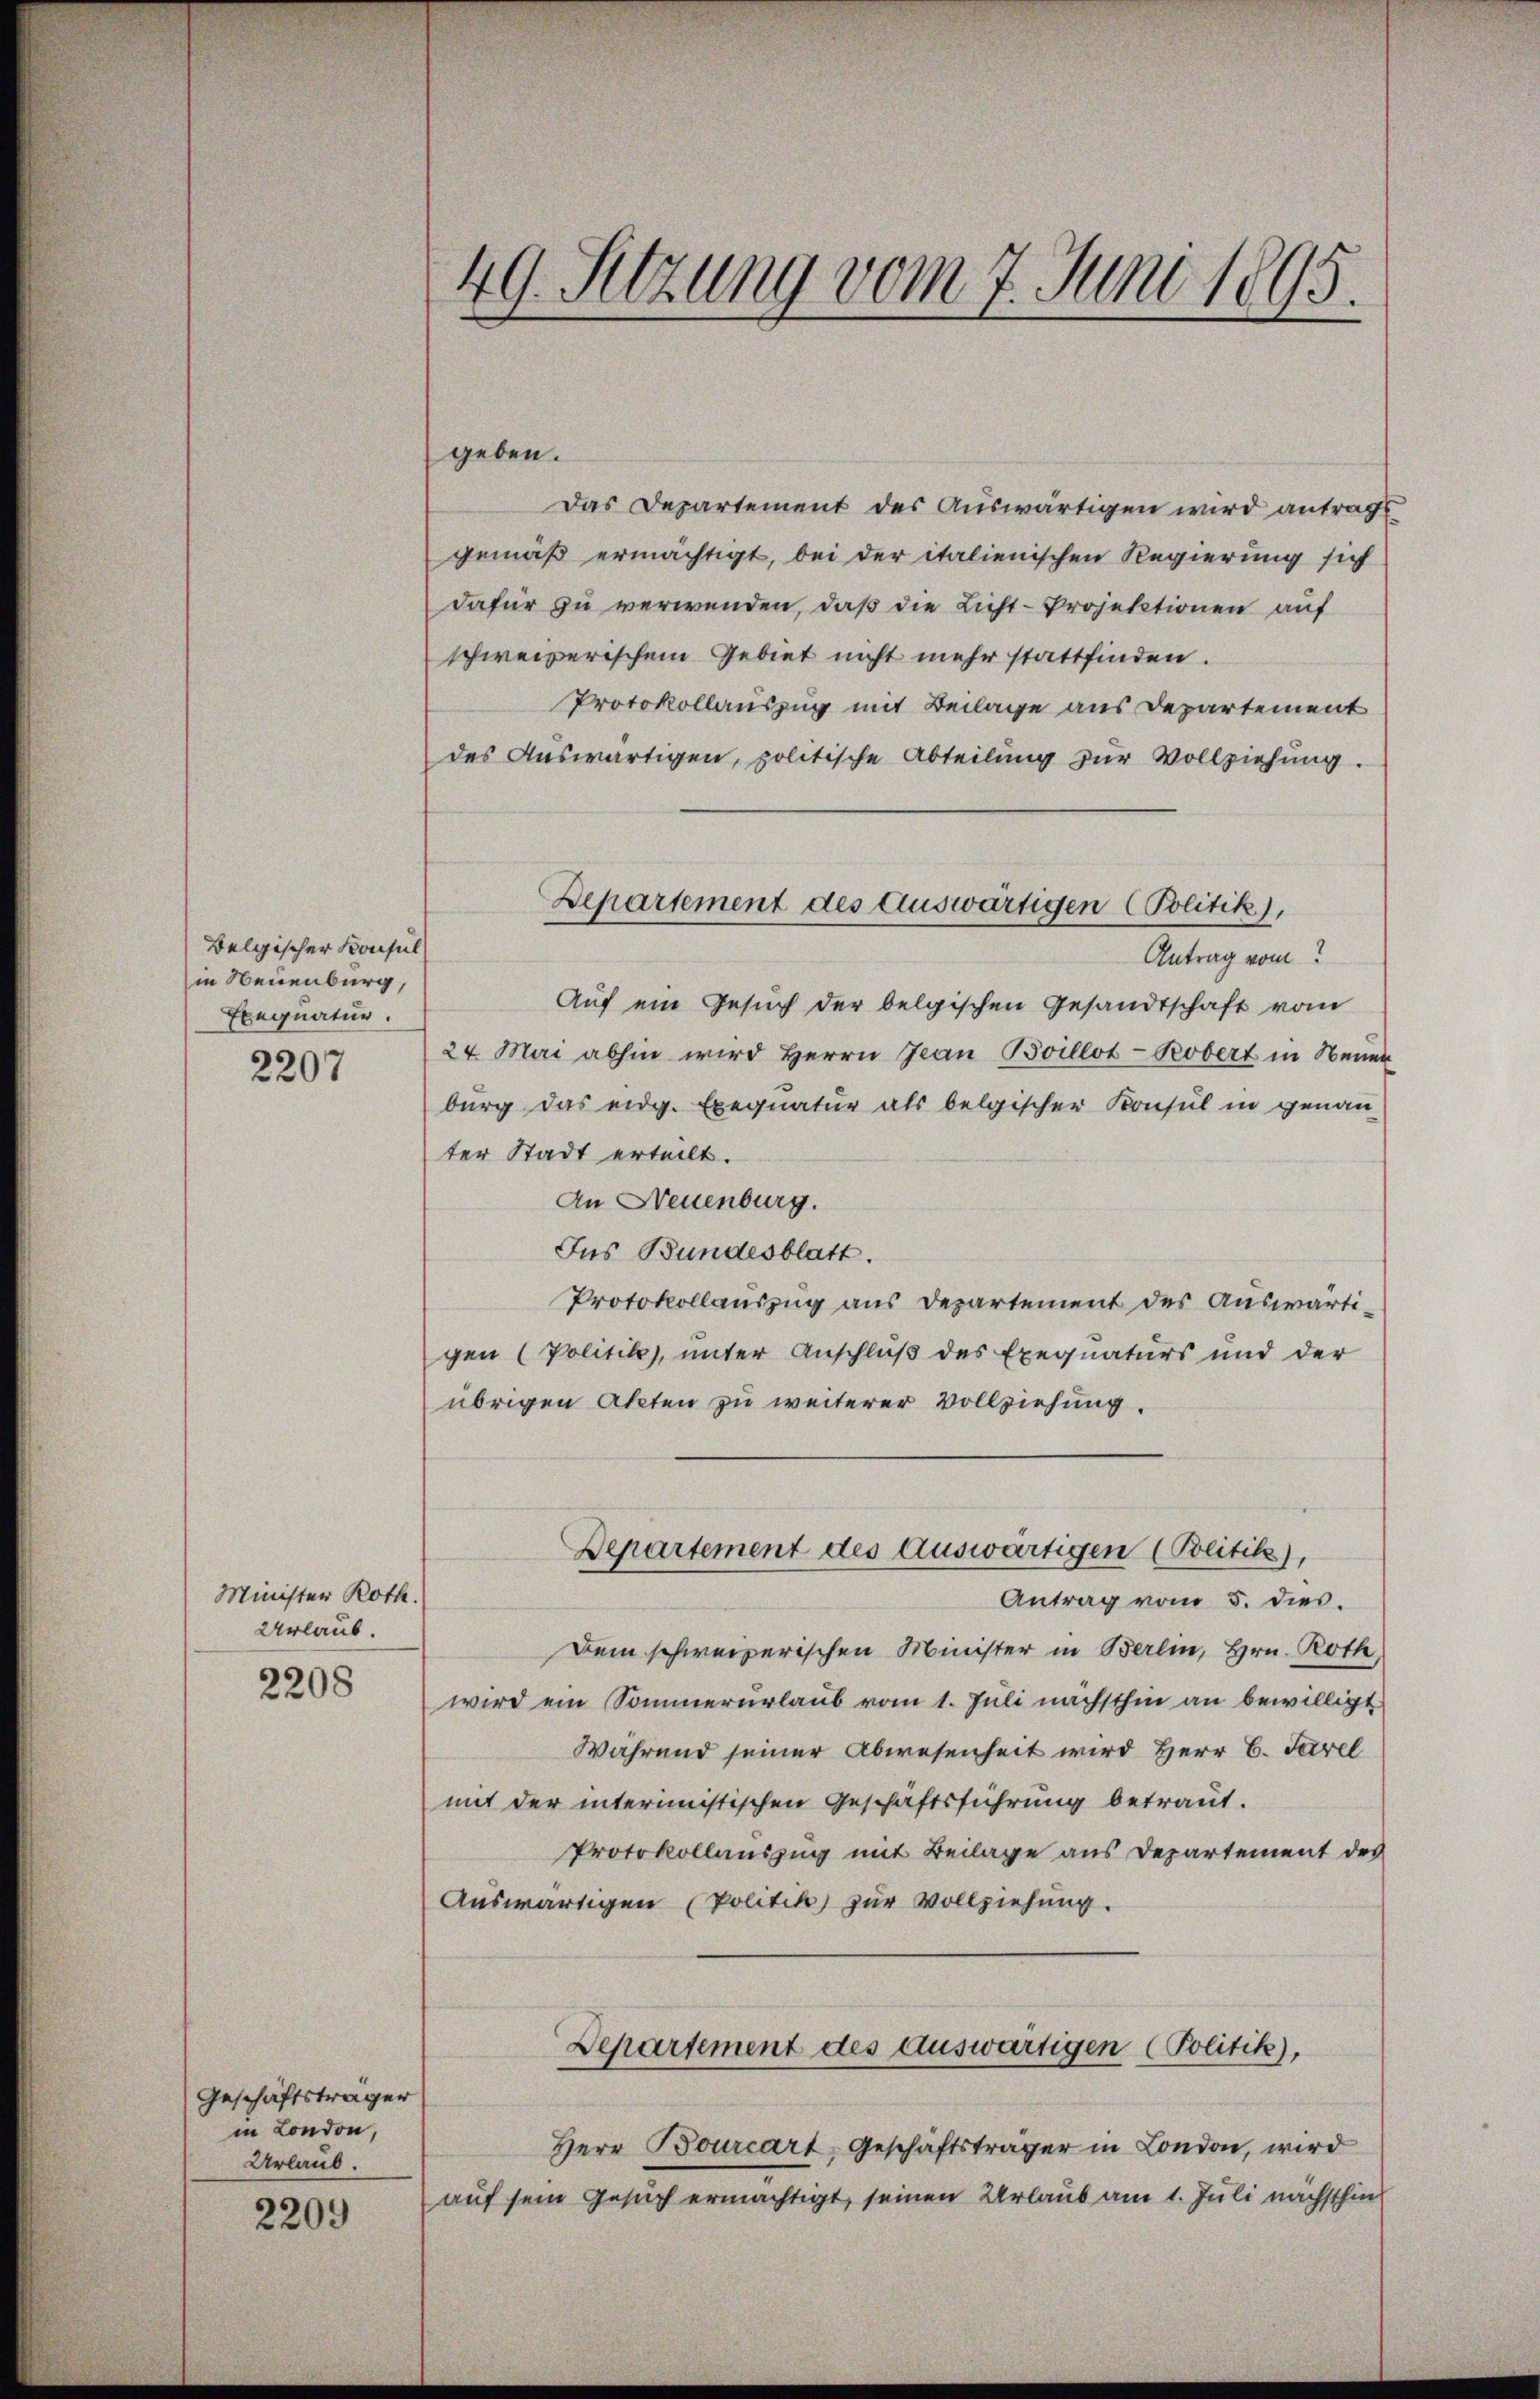
Belgischer Konsul
in Neuenburg,
Ebegnatur.

2207

Minister Roth.
Urlaub.

2208

Geschäftsträger
in London,
Urlaub.

2209

49. Setzung vom 7. Juni 1895.

geben.
Das Departement des Auswärtigen wird antrags
gemäß ermächtigt, bei der italienischen Regierung sich
dafür zu verwenden, daß die Licht-Projektionen auf
schweizerischem Gebiet nicht mehr stattfinden.
Protokollauszug mit Beilage aus Departement
des Auswärtigen, politische Abteilung zur Vollziehung.
Antrag vom
Auf ein Gesŭch der belgischen Gesandtschaft vom
24. Mai abhin wird Herrn Jean Boillot-Robert in Neuen
burg das eidg. Exequatur als belgischer Konsul in genau
ter Stadt erteilt.
An Neuenburg.
Ins Bundesblatt.
Protokollauszug aus Departement des Auswärtigen (Politik, unter Anschluß des Exequaturs und der
übrigen Akten zu weiterer Vollziehung.
Departement des auswärtigen (Blitik)
Antrag vom 5. dies.
Dem schweizerischen Minister in Berlin, Hrn. Roth,
wird ein Sommerurlaub vom 1. Juli nächsthin an bewilligt
Während seiner Abwesenheit wird Herr C. Sarel
mit der interimistischen Geschäftsführung betraut.
Protokollauszug mit Beilage aus Departement des
Auswärtigen (Politik zur Vollziehung.
Departement des auswärtigen (Politik),
Herr Bourcart, Geschäftsträger in London, wird
auf sein Gesuch ermächtigt, seinen Urlaub am 1. Juli nächsthin

Departement des Auswärtigen (Politik),